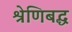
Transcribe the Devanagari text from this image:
श्रेणिबद्ध